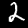
Digit: 2